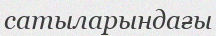
сатыларындағы